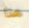
هذا